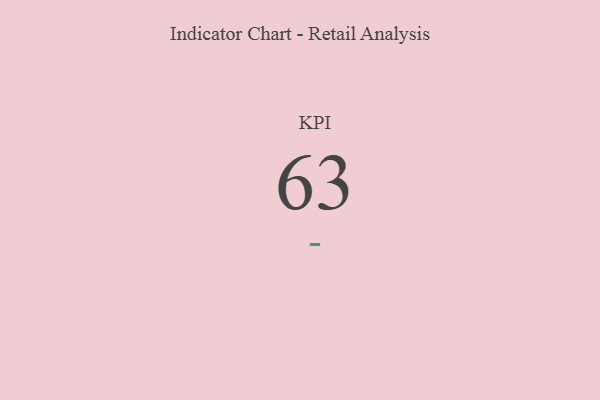
{"axis": {"x": "KPI", "y": "Value"}, "legend": [""], "data": [{"x": "KPI", "y": 63, "type": ""}]}